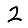
Digit: 2